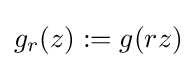
g_{r}(z):=g(rz)